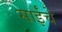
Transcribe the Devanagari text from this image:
साईंचे